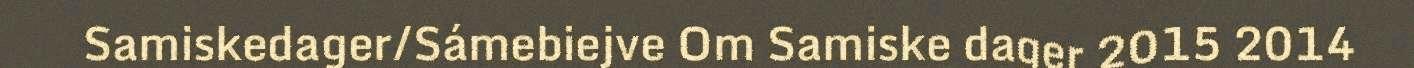
Samiskedager/Sámebiejve Om Samiske dager 2015 2014